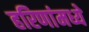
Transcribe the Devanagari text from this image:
हरिणांमध्ये